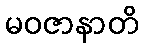
မဝဇာနာတိ